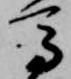
馬